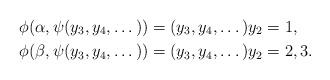
LaTeX: \begin{align*}\phi(\alpha, \psi(y_3,y_4, \dots )) &= (y_3, y_4,\dots ) y_2 = 1, \\\phi(\beta, \psi(y_3,y_4, \dots )) &= (y_3, y_4,\dots ) y_2 = 2, 3.\end{align*}